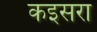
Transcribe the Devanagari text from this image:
कइसरा